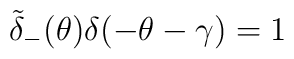
\tilde{\delta}_{-}(\theta)\delta(-\theta-\gamma)=1